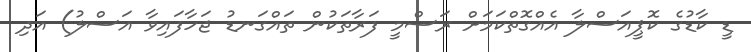
ޑީ ކާޑުގެ ކޮޕީއަސްލާ އެއްގޮތްކަމަށް ރަސްމީ ފަރާތަކުން ތައްގަނޑު ޖަހާފައިވާ އަސްލު) އަދި